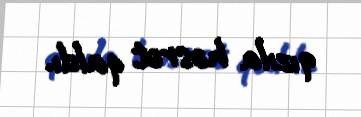
qızıla həsrət qaldı.